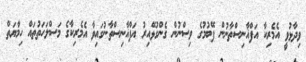
ވިދާޅުވީ އެމެރިކާ އަފްޣާނިސްތާނުން ފޭބުމުގެ ވިސްނުން ގެންގުޅޭއިރު އަފްޣާނިސްތާނުގައިވާ އެމެރިކާގެ މަސްލަހަތުތައް ހިމާޔަތް